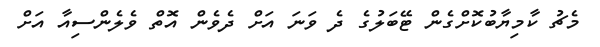
މެޗު ކާމިޔާބުކޮށްގެން ޓޭބަލުގެ ދެ ވަނަ އަށް ދެވެން އޮތް ވެލެންސިއާ އަށް